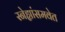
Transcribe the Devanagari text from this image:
स्नेह्यांसमवेत